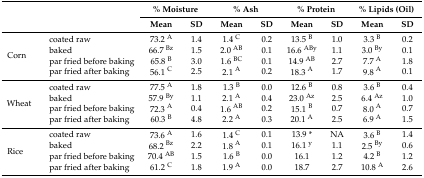
| <ROWSPAN=2-COLSPAN=2>  | <COLSPAN=2> % Moisture | <COLSPAN=2> % Ash | <COLSPAN=2> % Protein | <COLSPAN=2> % Lipids (Oil) |
 | Mean | SD | Mean | SD | Mean | SD | Mean | SD |
 | --- | --- | --- | --- | --- | --- | --- | --- | --- | --- |
 | <ROWSPAN=4> Corn | coated raw | 73.2 A | 1.4 | 1.4 C | 0.2 | 13.5 B | 1.0 | 3.3 B | 0.2 |
 | baked | 66.7 Bz | 1.5 | 2.0 AB | 0.1 | 16.6 ABy | 1.1 | 3.0 By | 0.1 |
 | par fried before baking | 65.8 B | 3.0 | 1.6 BC | 0.1 | 14.9 AB | 2.7 | 7.7 A | 1.8 |
 | par fried after baking | 56.1 C | 2.5 | 2.1 A | 0.2 | 18.3 A | 1.7 | 9.8 A | 0.1 |
 | <ROWSPAN=4> Wheat | coated raw | 77.5 A | 1.8 | 1.3 B | 0.0 | 12.6 B | 0.8 | 3.6 B | 0.4 |
 | baked | 57.9 By | 1.1 | 2.1 A | 0.4 | 23.0 Az | 2.5 | 6.4 Az | 1.0 |
 | par fried before baking | 72.3 A | 0.4 | 1.6 AB | 0.2 | 15.1 B | 0.7 | 8.0 A | 0.7 |
 | par fried after baking | 60.3 B | 4.8 | 2.2 A | 0.3 | 20.1 A | 2.5 | 6.9 A | 1.5 |
 | <ROWSPAN=4> Rice | coated raw | 73.6 A | 1.6 | 1.4 C | 0.1 | 13.9 * | NA | 3.6 B | 1.4 |
 | baked | 68.2 Bz | 2.2 | 1.8 A | 0.1 | 16.1 y | 1.1 | 2.5 By | 0.6 |
 | par fried before baking | 70.4 AB | 1.5 | 1.6 B | 0.0 | 16.1 | 1.2 | 4.2 B | 1.2 |
 | par fried after baking | 61.2 C | 1.8 | 1.9 A | 0.0 | 18.7 | 2.7 | 10.8 A | 2.6 |